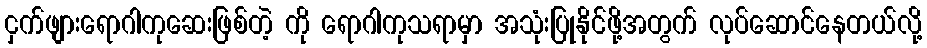
ငှက်ဖျားရောဂါကုဆေးဖြစ်တဲ့ ကို ရောဂါကုသရာမှာ အသုံးပြုနိုင်ဖို့အတွက် လုပ်ဆောင်နေတယ်လို့